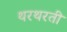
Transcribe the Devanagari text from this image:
थरथरती